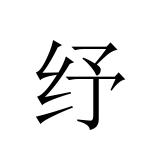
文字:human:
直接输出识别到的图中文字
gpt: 纾